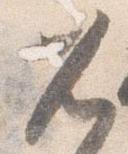
兀